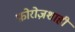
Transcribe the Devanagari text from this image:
फ़ोरोज़शाही